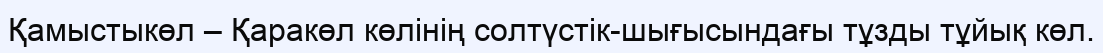
Қамыстыкөл – Қаракөл көлінің солтүстік-шығысындағы тұзды тұйық көл.